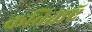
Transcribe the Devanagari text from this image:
कविताऍ